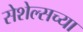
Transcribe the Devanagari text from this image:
सेशेल्सच्या